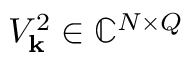
V _ { \mathbf { k } } ^ { 2 } \in \mathbb { C } ^ { N \times Q }